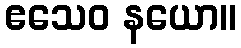
ဧသေဝ နယော။